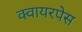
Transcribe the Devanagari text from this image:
क्वायरपेस